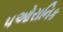
પઓરાનિક